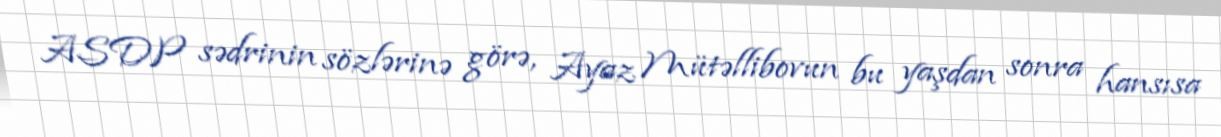
ASDP sədrinin sözlərinə görə, Ayaz Mütəllibovun bu yaşdan sonra hansısa